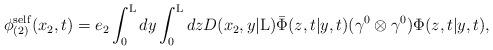
LaTeX: \begin{align*}{\phi}_{(2)}^{\rm self}(x_2 ,t)= e_2 \int_0^{\rm L} dy \int_0^{\rm L} dz D(x_2,y|{\rm L})\bar{\Phi}(z,t|y,t) ({\gamma}^0 \otimes {\gamma}^0){\Phi}(z,t|y,t),\end{align*}